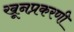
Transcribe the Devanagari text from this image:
खूनप्रकरणी